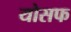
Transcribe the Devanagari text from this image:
योसफ